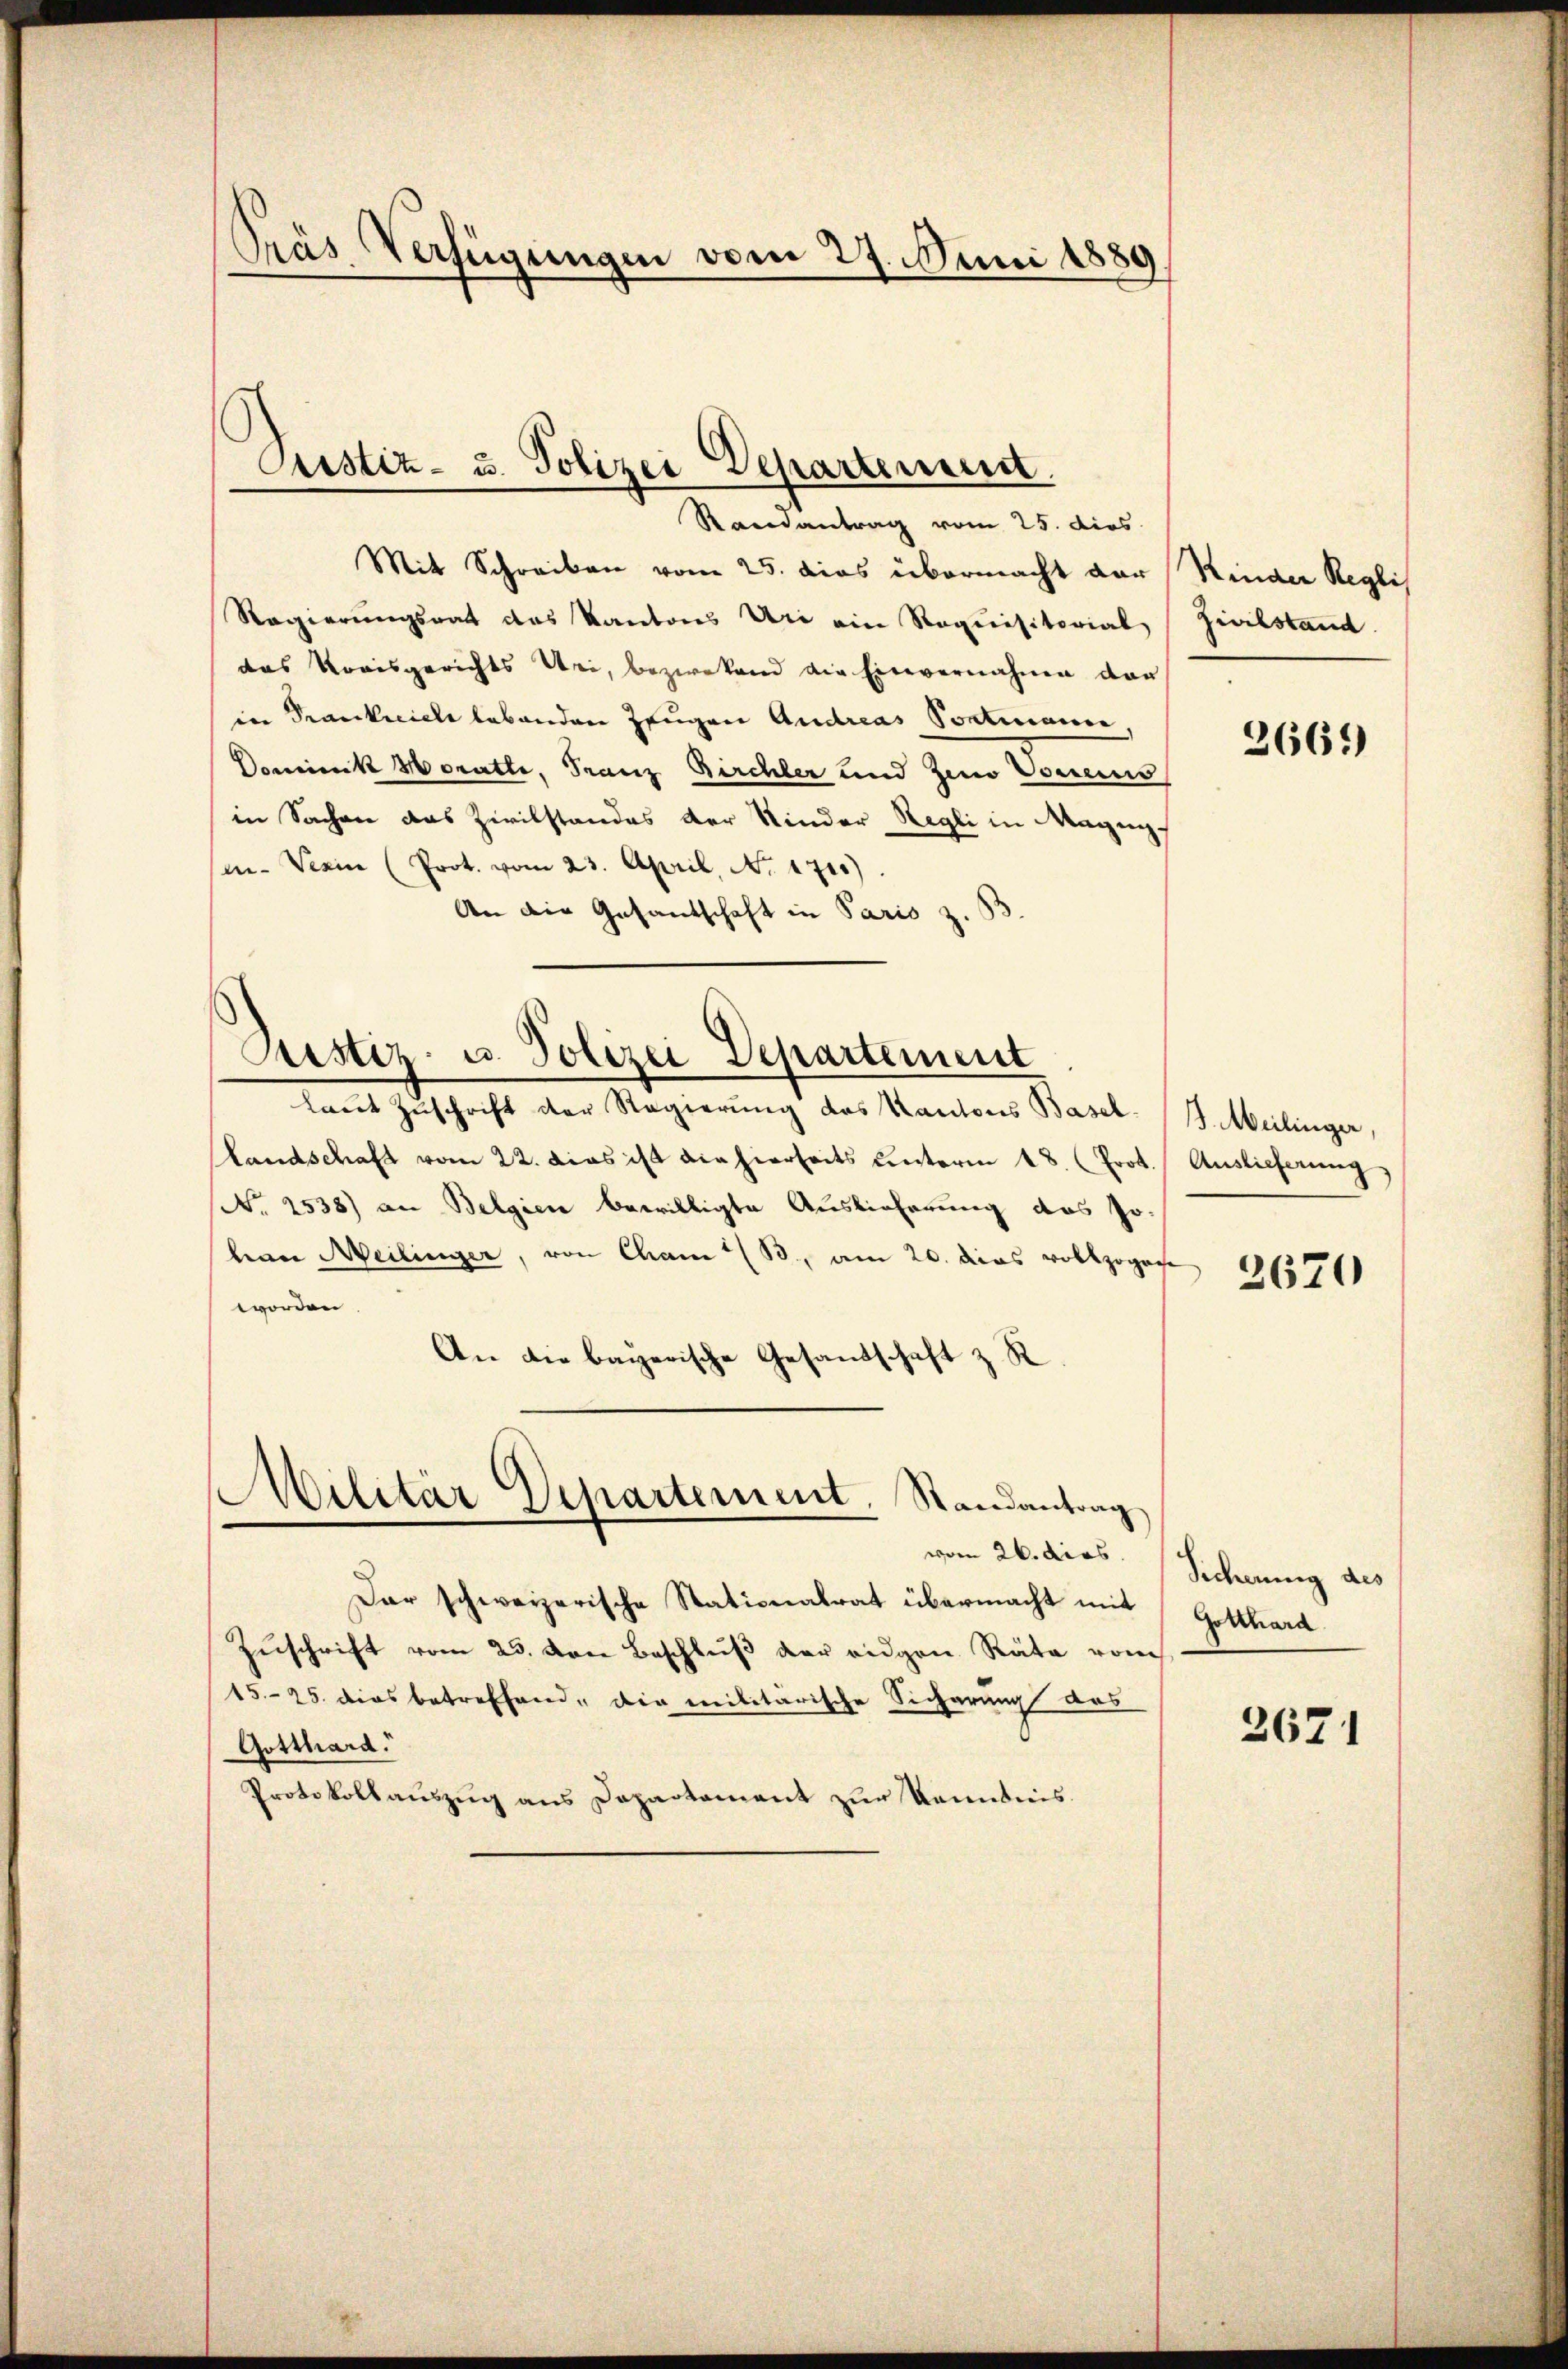
Prás Verfügungen vom 27. Juni 1889

Custiz- u. Polizei Departement.
Randantrag vom 25. dies

Mit Schreiben vom 25. dies übermacht dar
Regierungsrat des Kantons Uri ein Requisitorial
das Kreisgerichts Uri, bezwekend die Einvernahme dar
in Krankreiche lebenden Zeugen Andreas Pontiniani
Dominik Horathe, Franz Birchler und zum Voreins
in Sachen das Zivilstandes der Kinder Regli in Magngi- Verin (Prot. vom 23. April, No. 1715)
An die Gesandschaft in Paris z. B.
laut Zuschrift der Regierung des Kantons Basel-
Landschaft vom 22. Das ist die hierseits unterm 18. (Prot.
No. 2538) an Belgien bewilligte Auslieferung das Johane Meilinger, von Cham (B, am 20. dies vollzogach
worden
An die bayerische Gesandschaft z. R.
Militär Departement. Randantrag
vom 26. dies
Dar schweizerische Stationalrat übermacht mit
Zŭschrift vom 25. von Beschlŭβ der eidgen. Räte vom
1525. dies betreffend, die militärische Sicherung des
Gotthard.
Protokollauszug aus Departement zur Kenntnis.

Justiz- u. Polizei Departement

Kinder Regli
Zivilstand.

2669)

B. Meilinger,
Auslieferung

2670

Sicherung des
Gotthard.

2671